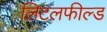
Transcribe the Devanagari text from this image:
लिटलफील्ड